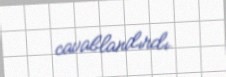
cavablandırdı.